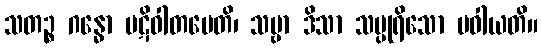
သတဉ္စ ဂန္ဓော ပဋိဝါတမေတိ၊ သဗ္ဗာ ဒိသာ သပ္ပုရိသော ပဝါယတိ။